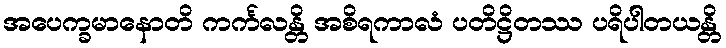
အပေက္ခမာနောတိ ကင်္ကလန္တိ အစိရကာလံ ပတိဋ္ဌိတဿ ပရိပါတယန္တိ